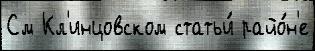
См Кл'инцовском статьи́ райо́н'е